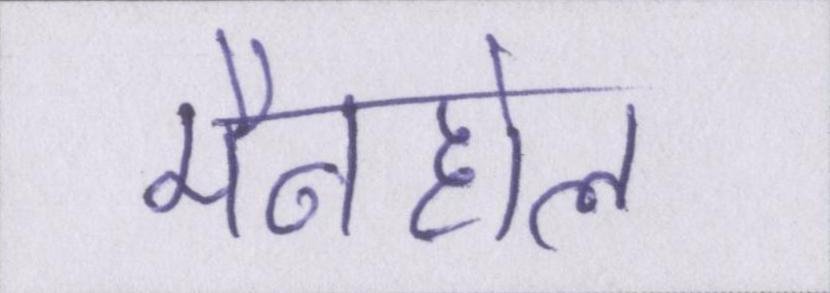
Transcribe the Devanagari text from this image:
मैनहोल